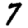
Digit: 7